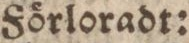
Förloradt: